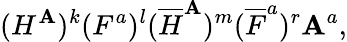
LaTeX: (H^{\mathbf{A}})^{k}(F^{a})^{l}({\overline{{{H}}}}^{\mathbf{A}})^{m}({\overline{{{F}}}}^{a})^{r}\mathbf{A}^{a},